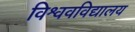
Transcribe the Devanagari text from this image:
विश्ववविद्यालय